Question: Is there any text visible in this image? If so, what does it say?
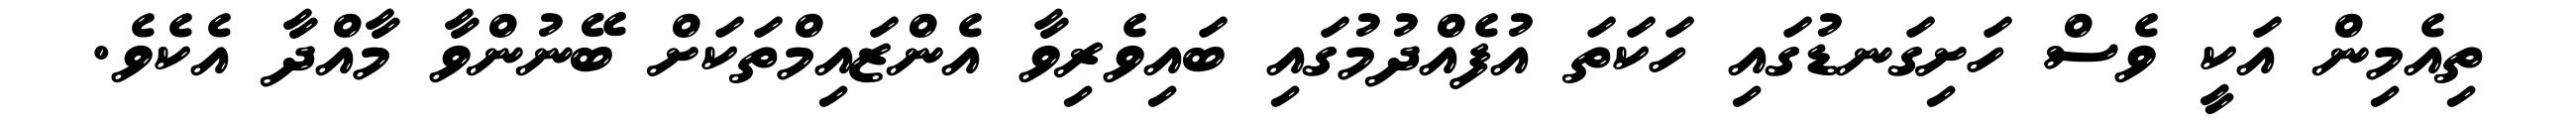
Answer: ތިއެމިން އަކީ ވެސް ހަށިގަނޑުގައި ހަކަތަ އުފެއްދުމުގައި ބައިވެރިވާ އެންޒައިމްތަކަށް ބޭނުންވާ މާއްދާ އެކެވެ.